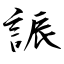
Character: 誫